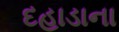
દહાડાના